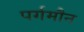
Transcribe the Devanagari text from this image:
पर्गमौन